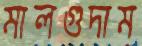
মালগুদাম